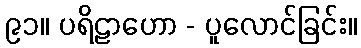
၉၁။ ပရိဠာဟော - ပူလောင်ခြင်း။